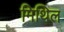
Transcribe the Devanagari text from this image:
मिथिल